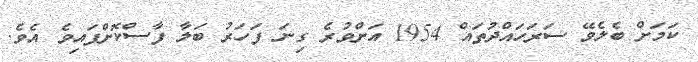
ކަމަށް ބެލެވޭ ސަރަހަައްދުތައް 1954 އަށްވުރެ ގިނަ ފަހަރު ބަލާ ފާސްކޮށްފައިވެ އެވެ.